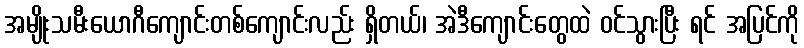
အမျိုးသမီးယောဂီကျောင်းတစ်ကျောင်းလည်း ရှိတယ်၊ အဲဒီကျောင်းတွေထဲ ဝင်သွားပြီး ရင် အပြင်ကို